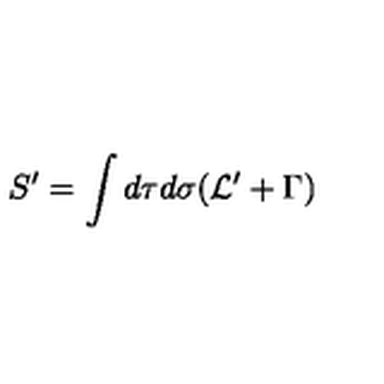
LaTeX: S ^ { \prime } = \int d \tau d \sigma ( { \cal L } ^ { \prime } + \Gamma )